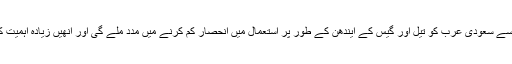
توانائی کے حصول کے لیے جوہری پروگرام کی ترقی سے سعودی عرب کو تیل اور گیس کے ایندھن کے طور پر استعمال میں انحصار کم کرنے میں مدد ملے گی اور انھیں زیادہ اہمیت کی حامل ویلیو ایڈڈ صنعتوں میں استعمال کیا جاسکے گا۔